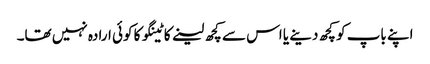
اپنے باپ کو کچھ دینے یا اس سے کچھ لینے کاٹینگو کا کوئی ارادہ نہیں تھا۔